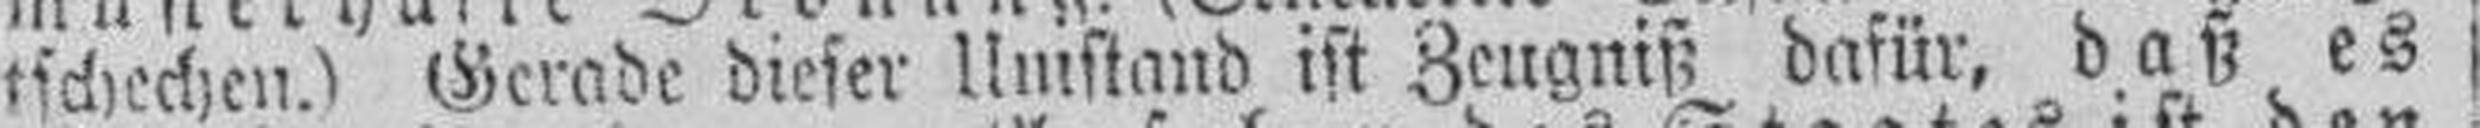
tschechen.) Gerade dieser Umstand ist Zeugniß dafür, daß es